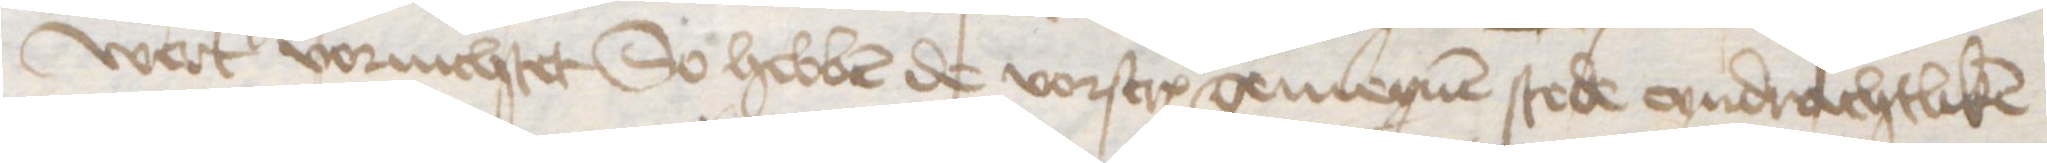
wert vornichtet So hebben de vorscreuen gemeynen stede eyndrachtliken